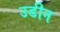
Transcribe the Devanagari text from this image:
उडीन